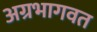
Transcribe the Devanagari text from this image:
अग्रभागवत